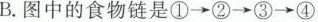
B.图中的食物链是①\longrightarrow②\longrightarrow③\longrightarrow④